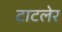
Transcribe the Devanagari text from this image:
टाटलेर